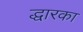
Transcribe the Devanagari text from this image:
द्धारका